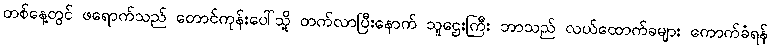
တစ်နေ့တွင် ဖရောက်သည် တောင်ကုန်းပေါ်သို့ တက်လာပြီးနောက် သူဌေးကြီး ဘာသည် လယ်ထောက်ခများ ကောက်ခံရန်